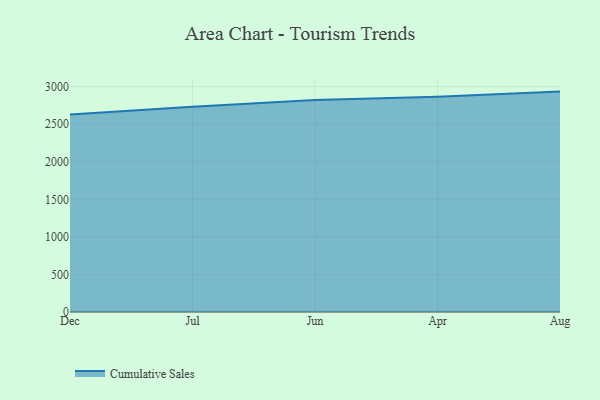
{"axis": {"x": "Month", "y": "Waste Production (Tons)"}, "legend": ["Cumulative Sales"], "data": [{"x": "Dec", "y": 2629.2, "type": "Cumulative Sales"}, {"x": "Jul", "y": 2731.3, "type": "Cumulative Sales"}, {"x": "Jun", "y": 2820.7, "type": "Cumulative Sales"}, {"x": "Apr", "y": 2864.7, "type": "Cumulative Sales"}, {"x": "Aug", "y": 2933.6, "type": "Cumulative Sales"}]}